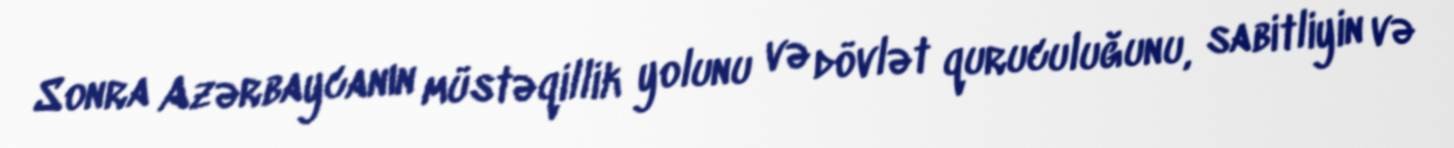
Sonra Azərbaycanın müstəqillik yolunu və dövlət quruculuğunu, sabitliyin və